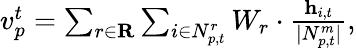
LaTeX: \begin{array}{r}{\begin{array}{r}{v_{p}^{t}=\sum_{r\in\mathbf{R}}\sum_{i\in N_{p,t}^{r}}W_{r}\cdot\frac{\mathbf{h}_{i,t}}{|N_{p,t}^{m}|},}\end{array}}\end{array}